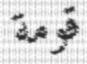
قومة